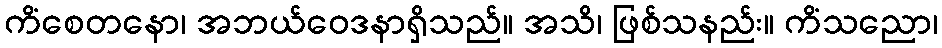
ကိံစေတနော၊ အဘယ်ဝေဒနာရှိသည်။ အသိ၊ ဖြစ်သနည်း။ ကိံသညော၊